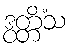
ဒွတ္တိံသ